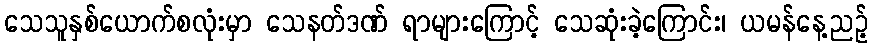
သေသူနှစ်ယောက်စလုံးမှာ သေနတ်ဒဏ် ရာများကြောင့် သေဆုံးခဲ့ကြောင်း၊ ယမန်နေ့ညဉ့်